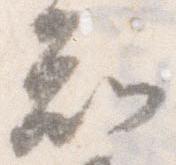
知